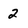
Character: 2